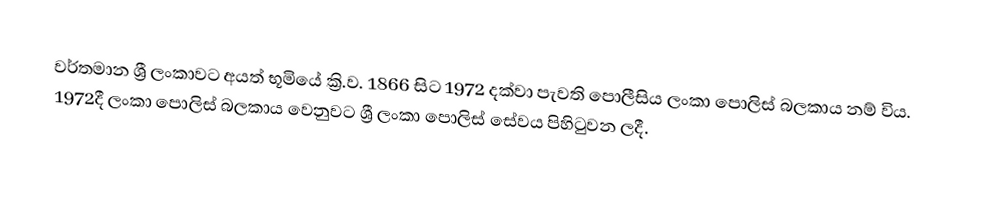
වර්තමාන ශ්‍රී ලංකාවට අයත් භූමියේ ක්‍රි.ව. 1866 සිට 1972 දක්වා පැවති පොලීසිය ලංකා පොලිස් බලකාය නම් විය. 1972දී ලංකා පොලිස් බලකාය වෙනුවට ශ්‍රී ලංකා පොලිස් සේවය පිහිටුවන ලදී.